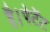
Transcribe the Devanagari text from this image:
है।पेटेंट